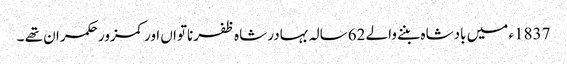
1837ء میں بادشاہ بننے والے 62سالہ بہادر شاہ ظفر ناتواں اورکمزور حکمران تھے ۔